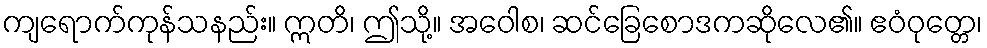
ကျရောက်ကုန်သနည်း။ ဣတိ၊ ဤသို့။ အဝေါစ၊ ဆင်ခြေစောဒကဆိုလေ၏။ ဧဝံဝုတ္တေ၊